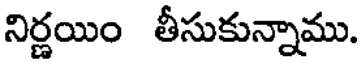
నిర్ణయిం తీసుకున్నాము.